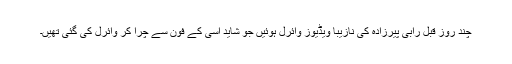
چند روز قبل رابی پیرزادہ کی نازیبا ویڈیوز وائرل ہوئیں جو شاید اسی کے فون سے چُرا کر وائرل کی گئی تھیں۔